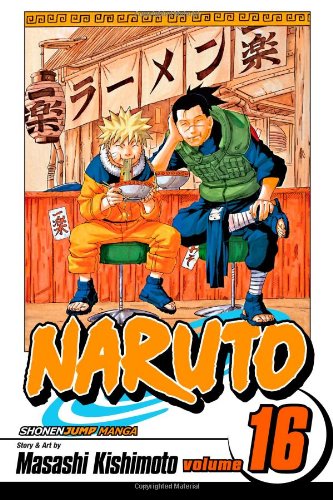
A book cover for Naruto, Vol. 16: Eulogy; Masashi Kishimoto; Teen & Young Adult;